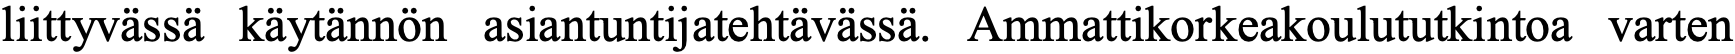
liittyvässä käytännön asiantuntijatehtävässä. Ammattikorkeakoulututkintoa varten